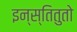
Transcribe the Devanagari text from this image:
इन्स्तितुतो